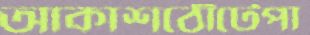
আকাশঠোঁটেপা